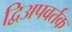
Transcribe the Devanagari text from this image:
द्विअपवर्तक